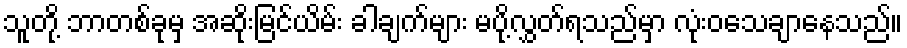
သူတို့ ဘာတစ်ခုမှ အဆိုးမြင်ယိမ်း ခါချက်များ မပို့လွှတ်ရသည်မှာ လုံးဝသေချာနေသည်။